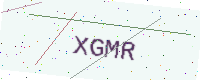
Text: XGMR